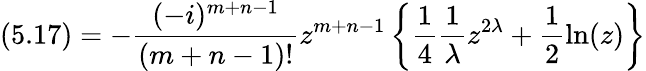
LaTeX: (5.17)=-\frac{(-i)^{m+n-1}}{(m+n-1)!}z^{m+n-1}\left\{ \frac{1}{4}\frac{1}{\lambda}z^{2\lambda}+\frac{1}{2}\ln(z)\right\}